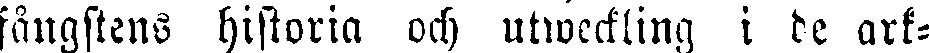
fångstens historia och utweckling i de ark-